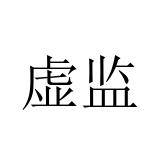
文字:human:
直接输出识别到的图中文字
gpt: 虚监